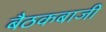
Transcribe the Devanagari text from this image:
बैठकबाजी